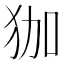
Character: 㹢